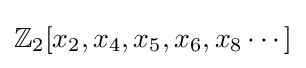
\mathbb {Z} _{2}[x_{2},x_{4},x_{5},x_{6},x_{8}\cdots ]